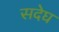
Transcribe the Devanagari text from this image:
सदेघ